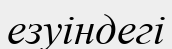
езуіндегі